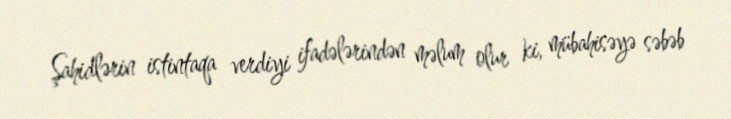
Şahidlərin istintaqa verdiyi ifadələrindən məlum olur ki, mübahisəyə səbəb